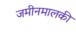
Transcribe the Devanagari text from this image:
जमीनमालकी